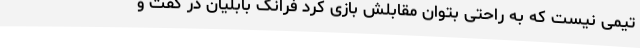
تیمی نیست که به راحتی بتوان مقابلش بازی کرد فرانک بابلیان در گفت و